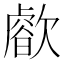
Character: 𣤝